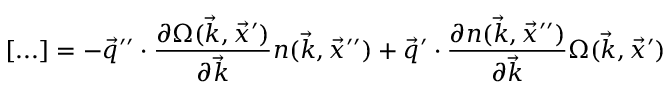
[ . . . ] = - \vec { q } ^ { \prime \prime } \cdot \frac { \partial \Omega ( \vec { k } , \vec { x } ^ { \prime } ) } { \partial \vec { k } } n ( \vec { k } , \vec { x } ^ { \prime \prime } ) + \vec { q } ^ { \prime } \cdot \frac { \partial n ( \vec { k } , \vec { x } ^ { \prime \prime } ) } { \partial \vec { k } } \Omega ( \vec { k } , \vec { x } ^ { \prime } )